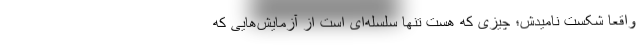
واقعاً شکست نامیدش؛ چیزی که هست تنها سلسله‌ای است از آزمایش‌هایی که